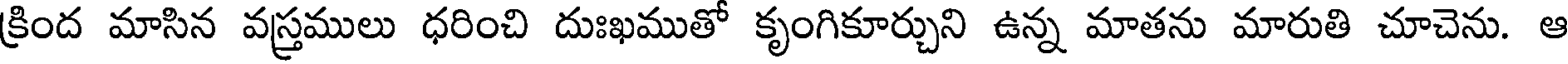
క్రింద మాసిన వస్త్రములు ధరించి దుఃఖముతో కృంగికూర్చుని ఉన్న మాతను మారుతి చూచెను. ఆ